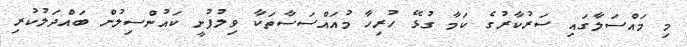
މި މައްސަލާގައި ސަރުކާރުގެ ކަމާ ގުޅޭ ހުރިހާ މުއައްސަސާތަކާ ވިލުފުށީ ކައުންސިލުން ބައްދަލުކުރި